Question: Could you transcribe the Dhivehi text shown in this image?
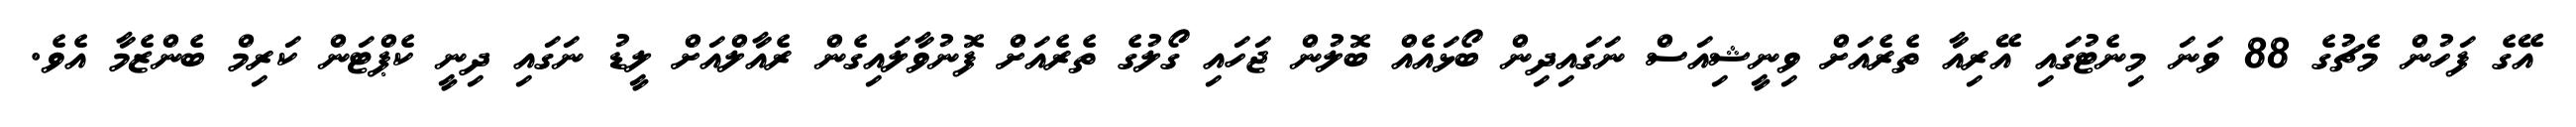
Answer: އޭގެ ފަހުން މެޗުގެ 88 ވަނަ މިނެޓުގައި އޭރިއާ ތެރެއަށް ވިނީޝިއަސް ނަގައިދިން ބޯޅައެއް ބޮލުން ޖަހައި ގޯލުގެ ތެރެއަށް ފޮނުވާލައިގެން ރެއާލްއަށް ލީޑު ނަގައި ދިނީ ކެޕްޓަން ކަރިމް ބެންޒެމާ އެވެ.